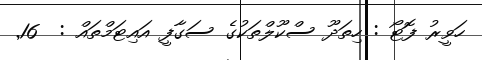
ހަވީރު ފޮޓޯ : ހިތަދޫ ސްކޫލްތަކުގެ ސަގާފީ އައިޓަމްތައް :  16